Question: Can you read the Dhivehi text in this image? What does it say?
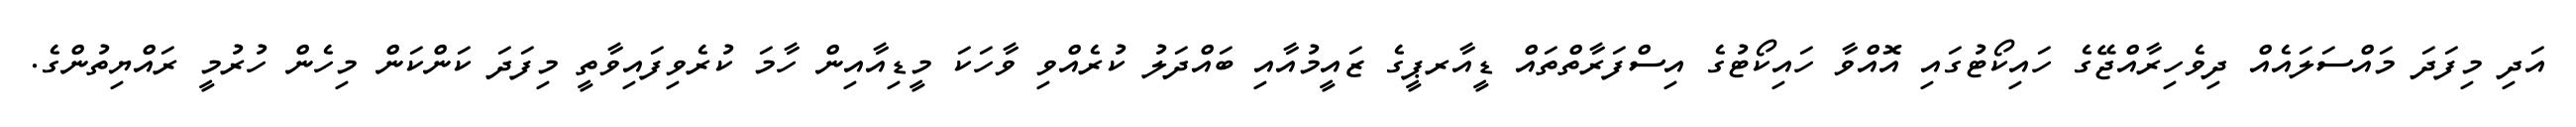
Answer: އަދި މިފަދަ މައްސަލައެއް ދިވެހިރާއްޖޭގެ ހައިކޯޓުގައި އޮއްވާ ހައިކޯޓުގެ އިސްފަރާތްތައް ޑީއާރޕީގެ ޒައީމުއާއި ބައްދަލު ކުރެއްވި ވާހަކަ މީޑިއާއިން ހާމަ ކުރެވިފައިވާތީ މިފަދަ ކަންކަން މިހެން ހުރުމީ ރައްޔިތުންގެ.